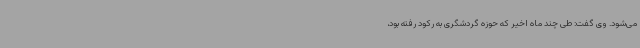
می‌شود. وی گفت: طی چند ماه اخیر که حوزه گردشگری به رکود رفته بود،